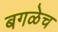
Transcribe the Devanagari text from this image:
बगळेच